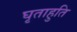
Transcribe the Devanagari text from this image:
घृताहुति